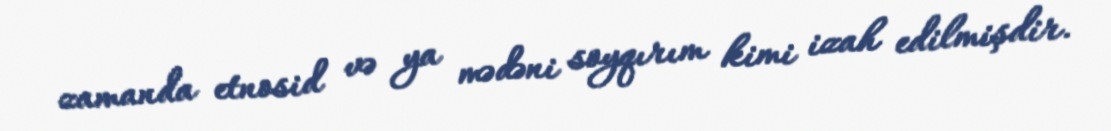
zamanda etnosid və ya mədəni soyqırım kimi izah edilmişdir.